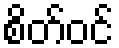
စိတ်ဝင်